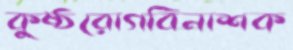
কুষ্ঠরোগবিনাশক